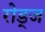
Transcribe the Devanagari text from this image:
रोड्ज